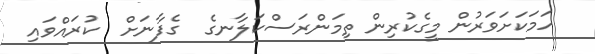
ހަމަކަށަވަރުން މީގެކުރިން ތިމަންރަސްކަލާނގެ  ގެފާނަށް  ކުރައްވައި